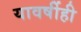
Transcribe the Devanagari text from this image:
यावर्षीही